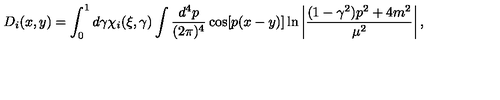
D _ { i } ( x , y ) = \int _ { 0 } ^ { 1 } d \gamma \chi _ { i } ( \xi , \gamma ) \int { \frac { d ^ { 4 } p } { ( 2 \pi ) ^ { 4 } } } \cos [ p ( x - y ) ] \ln \left| { \frac { ( 1 - \gamma ^ { 2 } ) p ^ { 2 } + 4 m ^ { 2 } } { \mu ^ { 2 } } } \right| ,